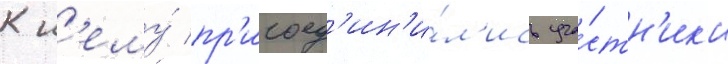
К н'ему́ пр'исоед'ин'и́л'ись уча́стн'ик'и